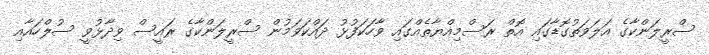
ސްރީލަންކާގެ އަލަވަތުގޮޑާގައި އޮތް ރަސްމިއްޔާތެއްގައި ވާހަކަފުޅު ދައްކަވަމުން ސްރީލަންކާގެ ރައީސް ވިދާޅުވީ ސުލްހައާއި